Reports on military cantonments and civil stations in the Presidency of Bombay inspected by the Sanitary Commissioner in the years 1875 and 1876
Year: 1875
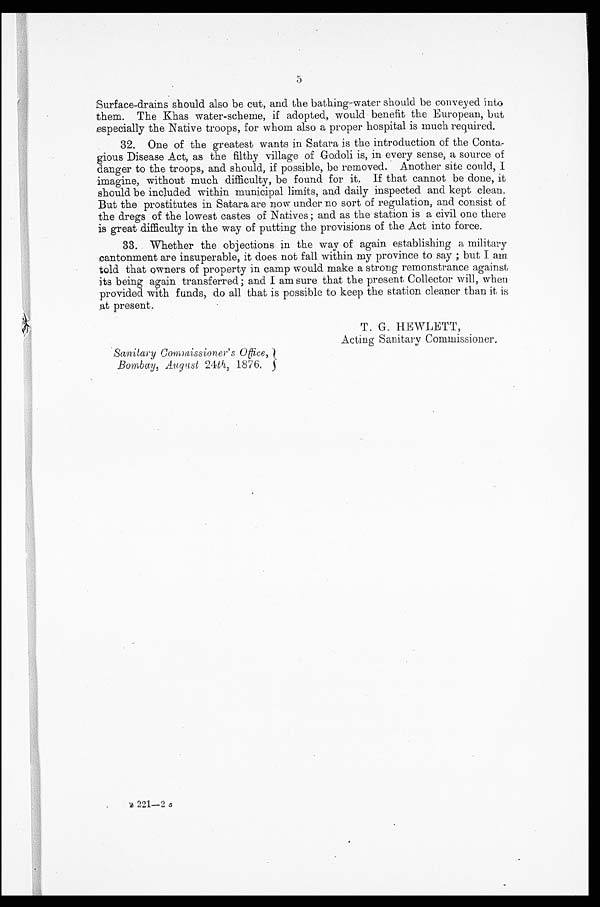
5
surface-drains should also be cut, and the bathing-water should be conveyed into
them. The Khas water-scheme, if adopted. , would benefit the European, but
especially the Native troops, for whom also a proper hospital is much required.
32. One of the greatest wants in Satara is the introduction of the Conta--
gious Disease Act, as the filthy village of Godoli is, in every sense, a source of
danger to the troops, and should, if possible, be removed. Another site could, I
imagine, without much difficulty, be found for it. If that cannot be done, it
should be included within municipal limits, and daily inspected and kept clean,
But the prostitutes in Satara are now under no sort of regulation, and consist of
the dregs of the lowest castes of Natives; and as the station is a civil one there
is great difficulty in the way of putting the provisions of the Act into force.
33. Whether the objections in the way of again establishing a military
cantonment are insuperable, it does not fall within my province to say; but I am
told that owners of property in camp would make a strong remonstrance against
its being again transferred; and I am sure that the present Collector Will, when
provided with funds, do all that is possible to keep the station cleaner than it is
At present.
T. G. HEWLETT,
Acting Sanitary Commissioner.
Sanitary Commissioner's Office,
B o m b a y , , A u g u s t
2 4 t h , 1 8 7 6 .